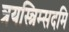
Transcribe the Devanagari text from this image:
त्रयस्त्रिम्सदमि